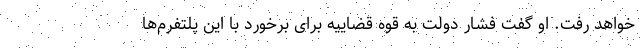
خواهد رفت. او گفت فشار دولت به قوه قضاییه برای برخورد با این پلتفرم‌ها